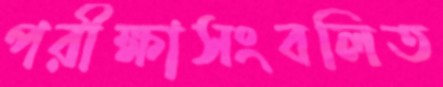
পরীক্ষাসংবলিত